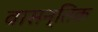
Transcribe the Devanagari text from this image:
वासन्तिक